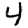
Digit: 4